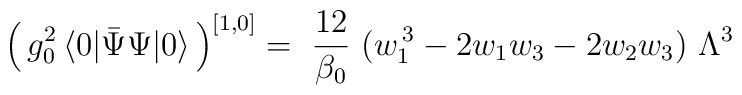
\Big( \, g_0^2 \,\big< 0|\bar{\Psi}\Psi |0 \big> \,\Big)^{[1,0]}           = \  \frac{12}{\beta_0} \ \big( w_1^{\,3} - 2w_1w_3 -                       2w_2w_3 \big) \ \Lambda^3